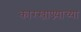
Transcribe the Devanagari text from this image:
कारखाण्न्याच्या